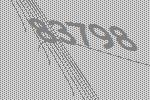
83798